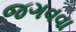
જગવવા